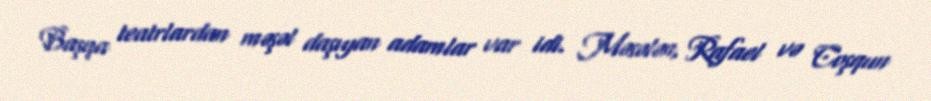
Başqa teatrlardan məşəl daşıyan adamlar var idi. Məsələn, Rafael və Coşqun